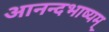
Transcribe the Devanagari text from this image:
आनन्दभाष्यम्